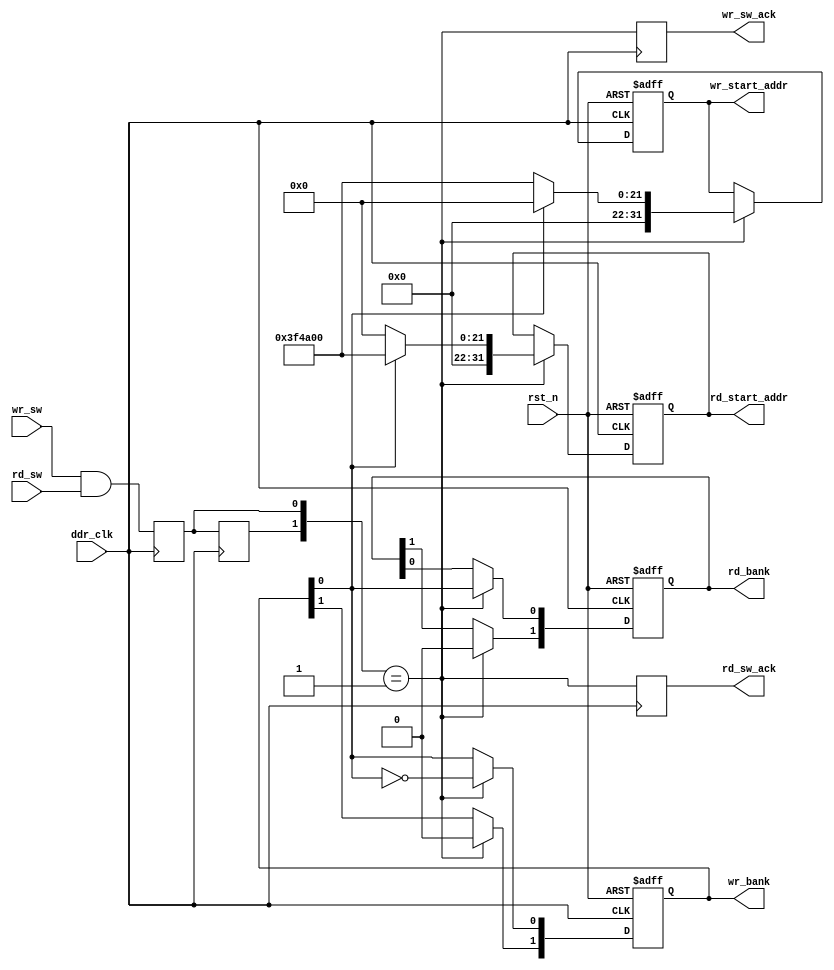


module bank_switch #(
		parameter FB_NUM = 2,
		parameter MAX_VID_WIDTH = 1920,
		parameter MAX_VID_HIGHT = 1080,
		parameter START_ADDR= 0,
		parameter VID_DATA_WIDTH= 16,
		parameter AXI_DATA_WIDTH = 256
		
)

(
input	wire		ddr_clk,
input	wire		rst_n,

input	wire		wr_sw,
input	wire		rd_sw,

output	reg	[1:0]	wr_bank,
output	reg	[1:0]	rd_bank,
output	reg			rd_sw_ack,
output	reg			wr_sw_ack,
output	reg[31:0] rd_start_addr,
output	reg[31:0]	wr_start_addr




);                       
localparam AXI_BYTE_NUMBER = AXI_DATA_WIDTH/8  ;
localparam FRAME_LEN =   MAX_VID_WIDTH*MAX_VID_HIGHT*VID_DATA_WIDTH/8 + 32'h200;  

localparam FRAME_1ST_START_ADDR = START_ADDR;
localparam FRAME_2ND_START_ADDR = FRAME_LEN + START_ADDR ;

localparam FRAME_3RD_START_ADDR = FRAME_LEN+ FRAME_2ND_START_ADDR;


	
	generate 
	if( FB_NUM == 1 ) begin : one_fb 
		always @( posedge ddr_clk or negedge rst_n ) 
		begin 
			if( !rst_n ) begin
				wr_bank <= 2'b00;
				rd_bank <= 2'b01;
				wr_sw_ack <= 1'b0;
				rd_sw_ack <= 1'b0;     
				rd_start_addr <= FRAME_1ST_START_ADDR; 
				wr_start_addr <= FRAME_1ST_START_ADDR; 
			end else begin 
				wr_bank <= 2'b00;
				rd_bank <= 2'b00;
				wr_sw_ack <= wr_sw;
				rd_sw_ack <= rd_sw;   
				rd_start_addr <= FRAME_1ST_START_ADDR;
				wr_start_addr <= FRAME_1ST_START_ADDR;
			end 
		end 

	end else if( FB_NUM == 2 ) begin :tow_fb
		reg			bank_sw_en = 1'b0;
		reg			bank_sw_en_d1 = 1'b0;
		wire		pos_bank_sw_en;
		always @( posedge ddr_clk )
		begin
			bank_sw_en <= wr_sw & rd_sw;
			bank_sw_en_d1 <= bank_sw_en;
		end
		assign pos_bank_sw_en = {bank_sw_en_d1,bank_sw_en} == 2'b01;
		
		always @( posedge ddr_clk or negedge rst_n)
		begin
			if( !rst_n ) begin
				wr_bank <= 2'b00;
				rd_bank <= 2'b01;      
				wr_start_addr <= FRAME_1ST_START_ADDR; 
				rd_start_addr <= FRAME_2ND_START_ADDR; 
			end else if( pos_bank_sw_en ) begin//bank
				wr_bank[0] <= ~wr_bank[0];
				rd_bank[0] <= wr_bank[0];
				rd_bank[1] <= 1'b0;
				wr_bank[1] <= 1'b0;      
				wr_start_addr <= wr_bank[0] ? FRAME_1ST_START_ADDR : FRAME_2ND_START_ADDR;
				rd_start_addr <= wr_bank[0] ? FRAME_2ND_START_ADDR : FRAME_1ST_START_ADDR; 
			end
		end
		
		always @( posedge ddr_clk )
		begin
			wr_sw_ack	 <= pos_bank_sw_en;
			rd_sw_ack	 <= pos_bank_sw_en;
		end
		
		
	end else if( FB_NUM == 3 ) begin :three_fb
		reg	[1:0] 	dirt_bank = 2'b10;
		reg			dirt_en = 1'b1;
		reg	[1:0]	clean_bank = 2'b00;
		reg			clean_en = 1'b0;
		wire		pos_wr_sw_en;
		wire		pos_rd_sw_en;
		reg			wr_sw_d1 = 1'b0;
		reg			rd_sw_d1 = 1'b0;
		always @( posedge ddr_clk )
		begin
				wr_sw_d1 <= wr_sw;
				rd_sw_d1 <= rd_sw;
		end
		assign pos_wr_sw_en = {wr_sw_d1,wr_sw} == 2'b01;
		assign pos_rd_sw_en = {rd_sw_d1,rd_sw} == 2'b01;
		
		always @( posedge ddr_clk )
		begin
			wr_sw_ack <= pos_wr_sw_en;
			rd_sw_ack <= pos_rd_sw_en;
		end
		always @( posedge ddr_clk or negedge rst_n)
		begin
			if( !rst_n ) begin
				wr_bank <= 2'b00;
				rd_bank <= 2'b01;
				dirt_bank <= 2'b10;
				dirt_en <= 1'b1;
				clean_en <= 1'b0;
				clean_bank <= 2'b00;    
				
				wr_start_addr <= FRAME_1ST_START_ADDR;
				rd_start_addr <= FRAME_2ND_START_ADDR; 
			end	else if( pos_wr_sw_en ) begin
						
				if( dirt_en ) begin
						wr_bank <= dirt_bank; 
						wr_start_addr <= (dirt_bank ==  2'b00) ? FRAME_1ST_START_ADDR :((dirt_bank == 2'b01)? FRAME_2ND_START_ADDR : FRAME_3RD_START_ADDR );
						clean_bank <= wr_bank;
						clean_en <= 1'b1;
						dirt_en	<= 1'b0;
				end else begin
						wr_bank <= wr_bank;
						clean_en <= clean_en;
				end
						
			end else if( pos_rd_sw_en ) begin
				if( clean_en ) begin
						rd_bank <= clean_bank;   
						rd_start_addr <= (clean_bank ==  2'b00) ? FRAME_1ST_START_ADDR :((clean_bank == 2'b01)? FRAME_2ND_START_ADDR : FRAME_3RD_START_ADDR );
						dirt_bank <= rd_bank;
						dirt_en <= 1'b1;
						clean_en <= 1'b0;
				end else begin
						rd_bank <= rd_bank;
						dirt_en <= dirt_en;
				end
				clean_en <= 1'b0;
			end
		end
						
	end
	endgenerate


endmodule